Source: Handwritten
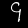
Digit: ၄ (4)